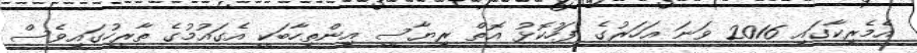
އެމެރިކާގައި 2016 ވަނަ އަހަރުގެ ފަހުކޮޅު އޮތް ރިޔާސީ އިންތިހާބަކީ އެގައުމުގެ ތާރީހުގައިވެސް